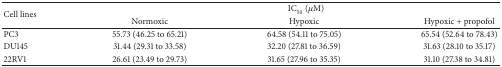
<table><thead><tr><td rowspan="2"><b>Cell lines</b></td><td colspan="3"><b>IC<sub>50</sub> (<i>μ</i>M)</b></td></tr><tr><td><b>Normoxic</b></td><td><b>Hypoxic</b></td><td><b>Hypoxic + propofol</b></td></tr></thead><tbody><tr><td>PC3</td><td>55.73 (46.25 to 65.21)</td><td>64.58 (54.11 to 75.05)</td><td>65.54 (52.64 to 78.43)</td></tr><tr><td>DU145</td><td>31.44 (29.31 to 33.58)</td><td>32.20 (27.81 to 36.59)</td><td>31.63 (28.10 to 35.17)</td></tr><tr><td>22RV1</td><td>26.61 (23.49 to 29.73)</td><td>31.65 (27.96 to 35.35)</td><td>31.10 (27.38 to 34.81)</td></tr></tbody></table>